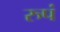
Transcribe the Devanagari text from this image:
रुपं